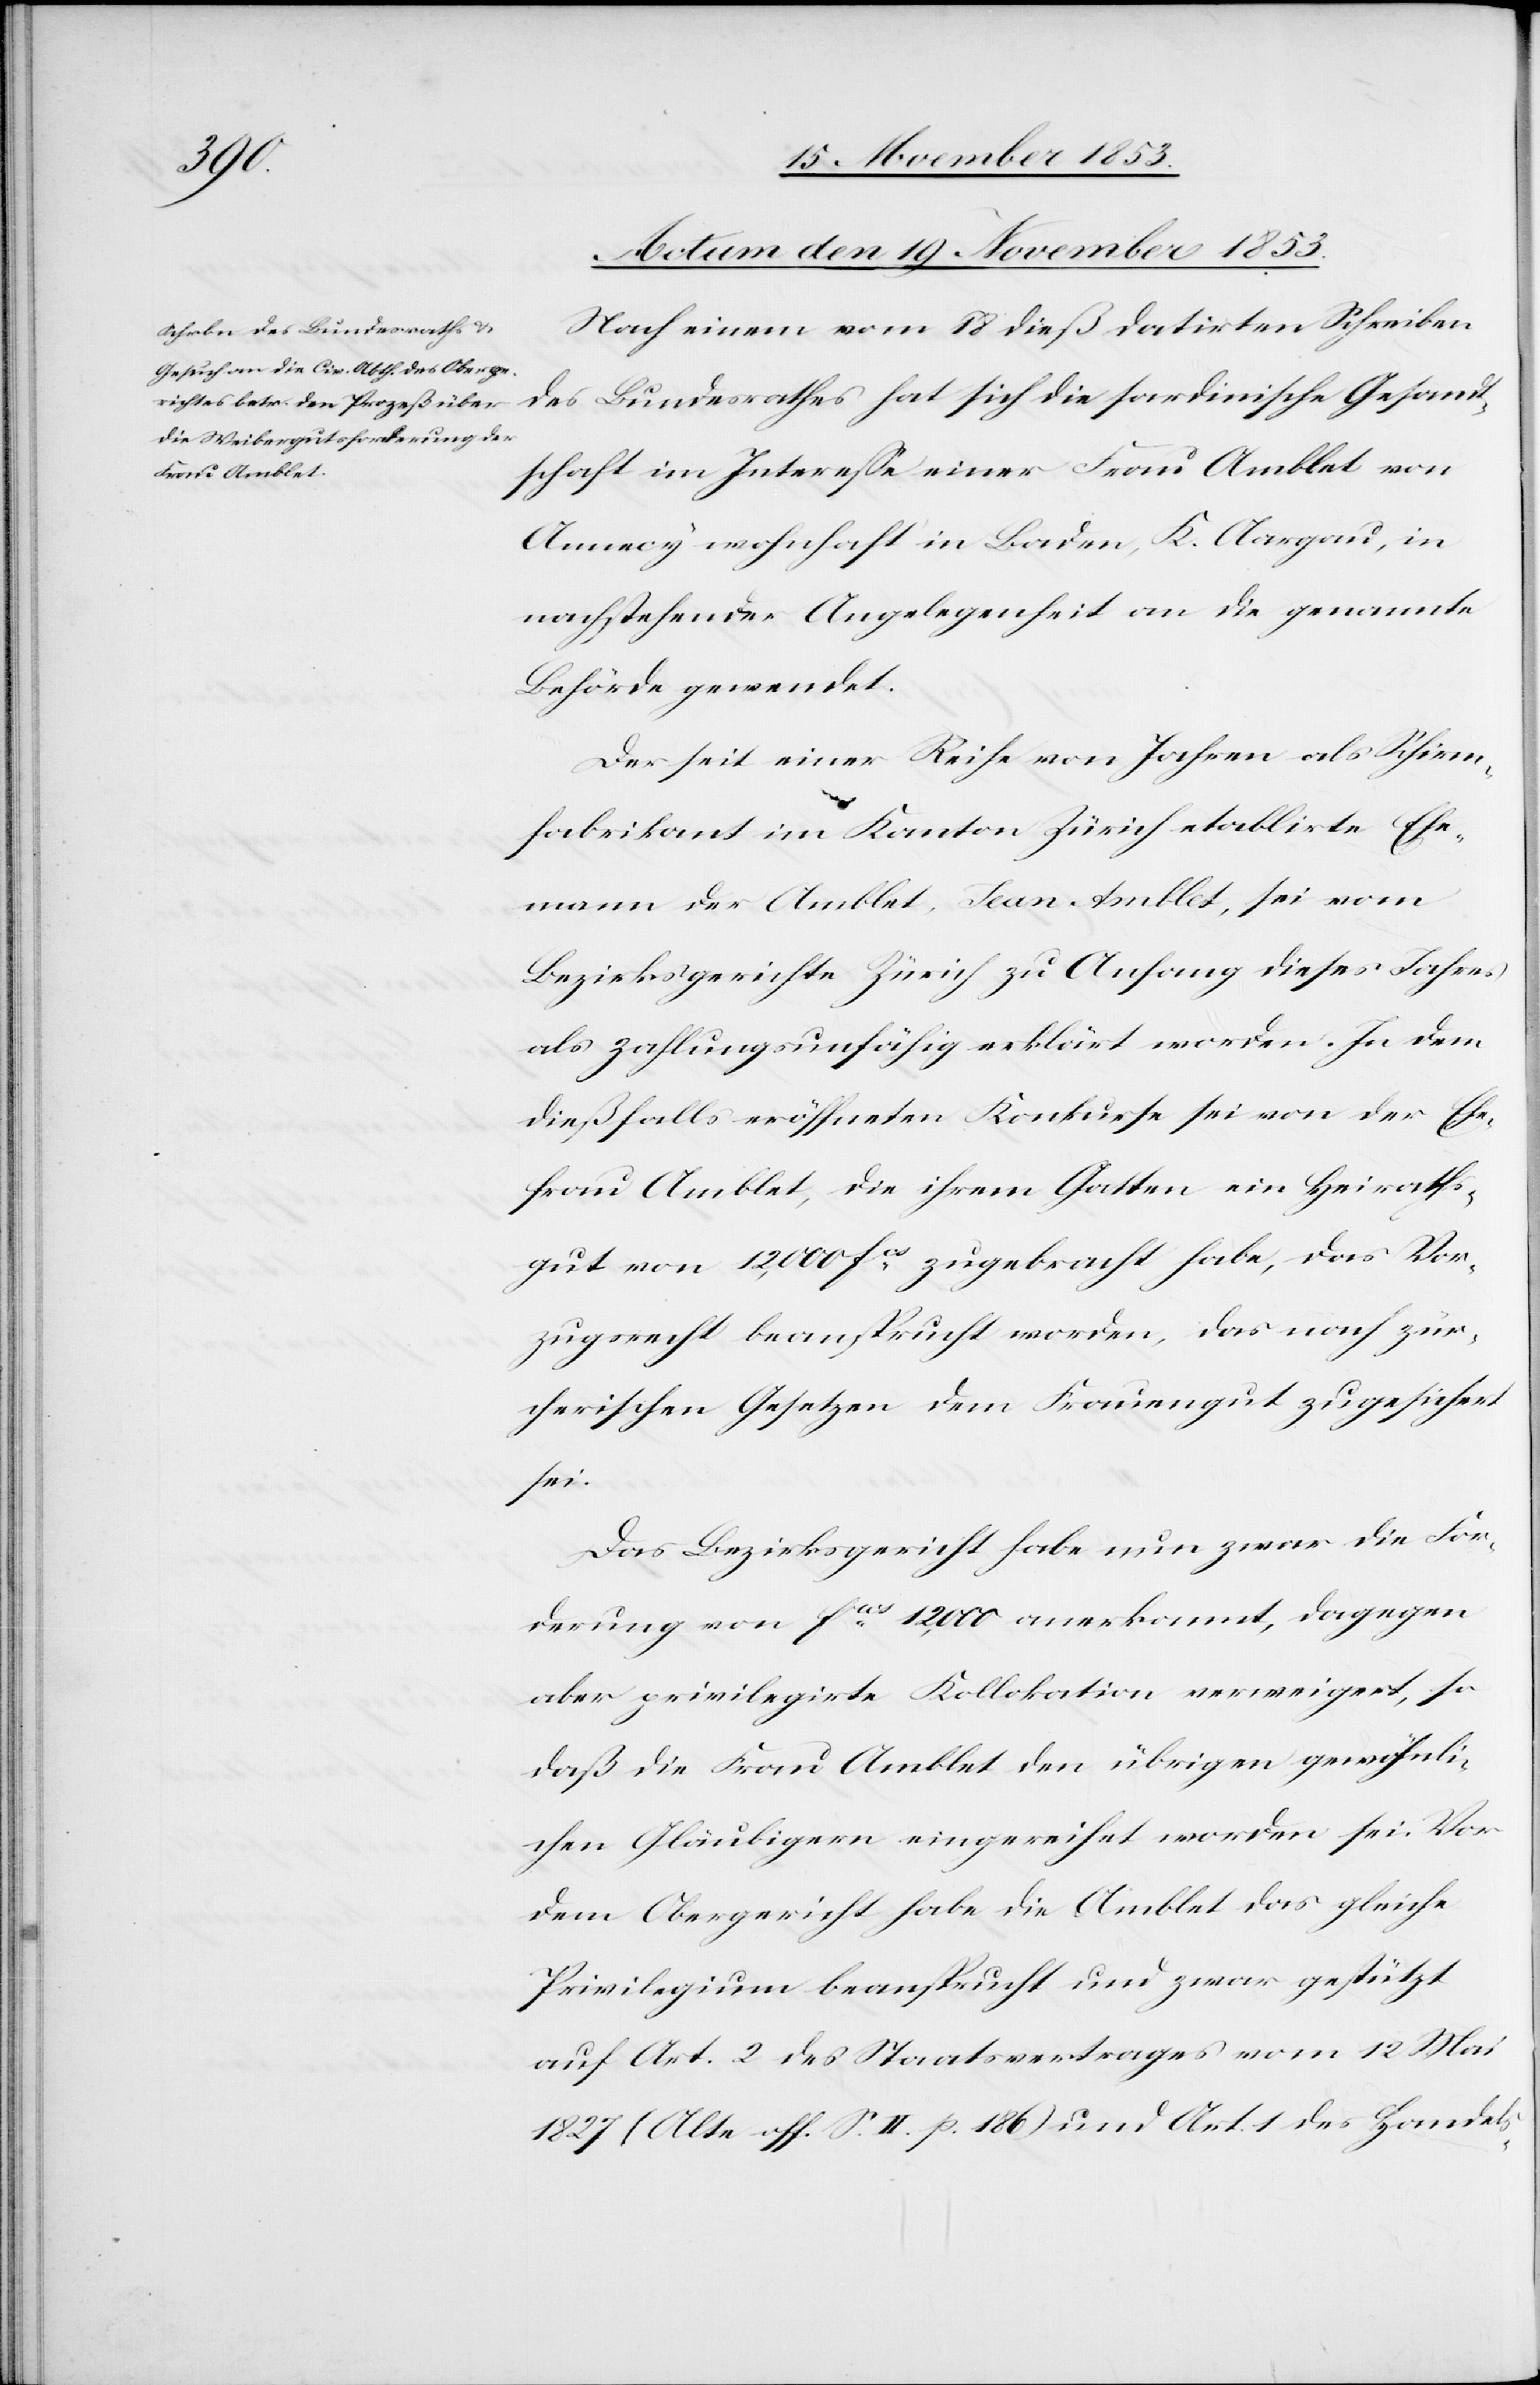
Actum den 19 November 1853.
Nach einem vom 18 dieß datirten Schreiben
des Bundesrathes hat sich die sardinische Gesandt¬
schaft im Intereße einer Frau Amblet von
Annecy wohnhaft in Baden, K. Aargau, in
nachstehender Angelegenheit an die genannte
Behörde gewendet.
Der seit einer Reihe von Jahren als Schirm¬
fabrikant im Kanton Zürich etablirte Ehe¬
mann der Amblet, Jean Amblet, sei vom
Bezirksgerichte Zürich zu Anfang dieses Jahres
als zahlungsunfähig erklärt worden. In dem
dießfalls eröffneten Konkurse sei von der Ehe¬
frau Amblet, die ihrem Gatten ein Heiraths¬
gut von 12,000 fcs zugebracht habe, das Vor¬
zugsrecht beansprucht worden, das nach zür¬
cherischen Gesetzen dem Frauengut zugesichert
sei.
Das Bezirksgericht habe nun zwar die For¬
derung von fcs 12,000 anerkannt, dagegen
aber privilegirte Kollokation verweigert, so
daß die Frau Amblet den übrigen gewöhnli¬
chen Gläubigern eingereihet worden sei. Vor
dem Obergericht habe die Amblet das gleiche
Privilegium beansprucht und zwar gestützt
auf Art. 2 des Staatsvertrages vom 12 Mai
1827 (Alte off. S. II. p. 186) und Art. 1 des Handels-